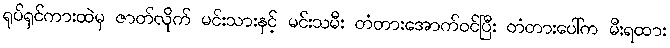
ရုပ်ရှင်ကားထဲမှ ဇာတ်လိုက် မင်းသားနှင့် မင်းသမီး တံတားအောက်ဝင်ပြီး တံတားပေါ်က မီးရထား